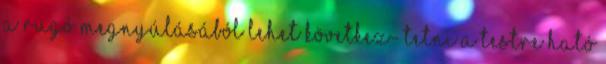
a rugó megnyúlásából lehet következ- tetni a testre ható